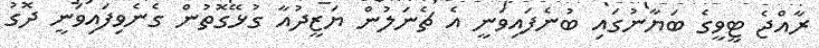
ރާއްޖެ ޓީވީގެ ބަޔާނުގައި ބުނެފައިވަނީ އެ ޗެނަލުން ޔަޒީދުއާ ގުޅޭގޮތުން ގެނެވިފައިވަނީ ދޮގު